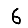
Digit: 6